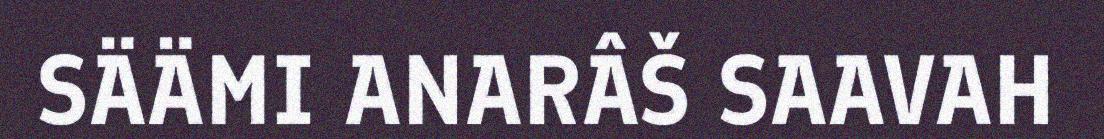
SÄÄMI ANARÂŠ SAAVAH